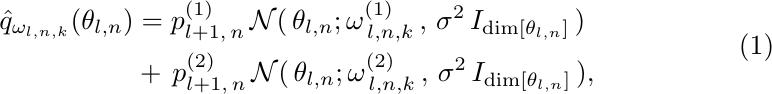
\begin{align}
\begin{split}
\hat{q}_{\omega_{l, n, k}}(\theta_{l, n}) &=  p^{(1)}_{l+1, \,n}  \, \mathcal{N}(\, \theta_{l, n}; \omega^{(1)}_{\,l, n, k}\, , \,  \sigma^2 \, I_{\text{dim} [\theta_{l, n}]}\,)\\
&+ \,  p^{(2)}_{l+1, \,n}  \, \mathcal{N}(\, \theta_{l, n}; \omega^{(2)}_{\,l, n, k}\, ,  \, \sigma^2 \, I_{\text{dim} [\theta_{l, n}]}\,),\\
\end{split}
\label{eq:BSDON_b}
\end{align}